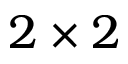
2 \times 2